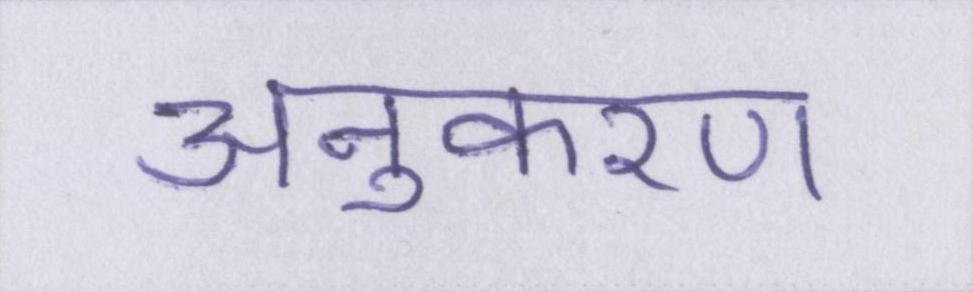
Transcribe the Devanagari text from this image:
अनुकरण